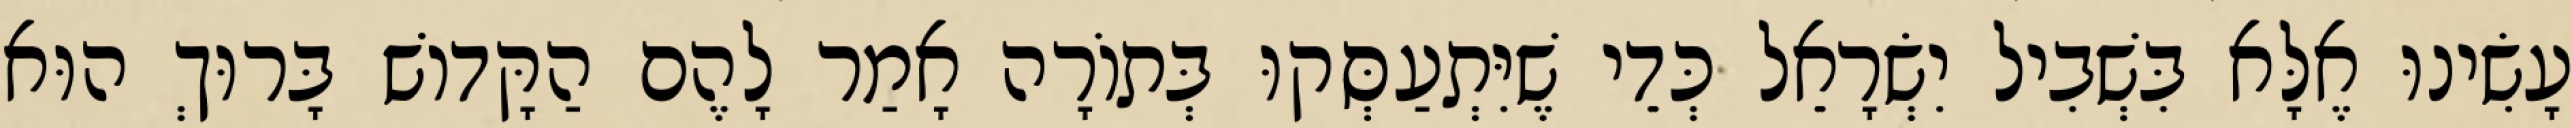
עָשִׂינוּ אֶלָּא בִּשְׁבִיל יִשְׂרָאֵל כְּדֵי שֶׁיִּתְעַסְּקוּ בְּתוֹרָה אָמַר לָהֶם הַקָּדוֹשׁ בָּרוּךְ הוּא